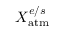
X _ { \mathrm { a t m } } ^ { e / s }